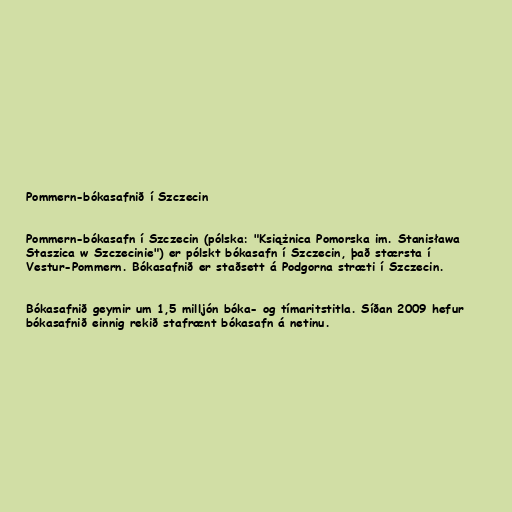
Pommern-bókasafnið í Szczecin

Pommern-bókasafn í Szczecin (pólska: "Książnica Pomorska im. Stanisława
Staszica w Szczecinie") er pólskt bókasafn í Szczecin, það stærsta í
Vestur-Pommern. Bókasafnið er staðsett á Podgorna stræti í Szczecin.

Bókasafnið geymir um 1,5 milljón bóka- og tímaritstitla. Síðan 2009 hefur
bókasafnið einnig rekið stafrænt bókasafn á netinu.